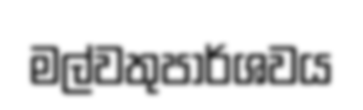
මල්වතුපාර්ශවය